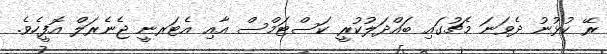
ރޭ ކުޅުނު ދެވަނަ މެޗުގައި ބައްދަލުކުރީ ކަސްޓަމްސް އާއި އެޓަރނީ ޖެނެރަލް އޮފީހެވެ.